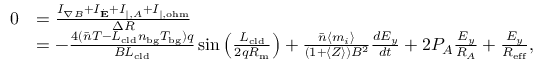
\begin{array} { r l } { 0 } & { = \frac { I _ { \nabla B } + I _ { \dot { \mathbf { E } } } + I _ { \| , A } + I _ { \| , \mathrm { o h m } } } { \Delta R } } \\ & { = - \frac { 4 ( \bar { n } T - L _ { \mathrm { c l d } } n _ { \mathrm { b g } } T _ { \mathrm { b g } } ) q } { B L _ { \mathrm { c l d } } } \sin { \left( \frac { L _ { \mathrm { c l d } } } { 2 q R _ { \mathrm { m } } } \right) } + \frac { \bar { n } \langle m _ { i } \rangle } { ( 1 + \langle Z \rangle ) B ^ { 2 } } \frac { d E _ { y } } { d t } + 2 P _ { A } \frac { E _ { y } } { R _ { A } } + \frac { E _ { y } } { R _ { \mathrm { e f f } } } , } \end{array}